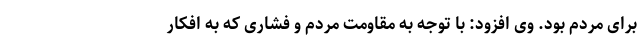
برای مردم بود. وی افزود: با توجه به مقاومت مردم و فشاری که به افکار